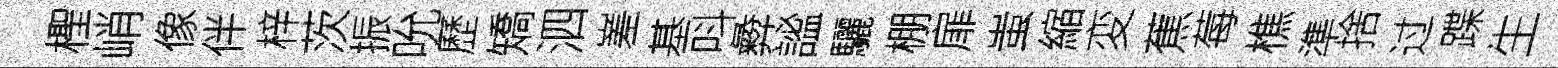
檉峭像伴梓茨振吮歷矯泗嵳基呌彜謐驪棚扉蚩縮変蕉莓樵準捨过蹀生